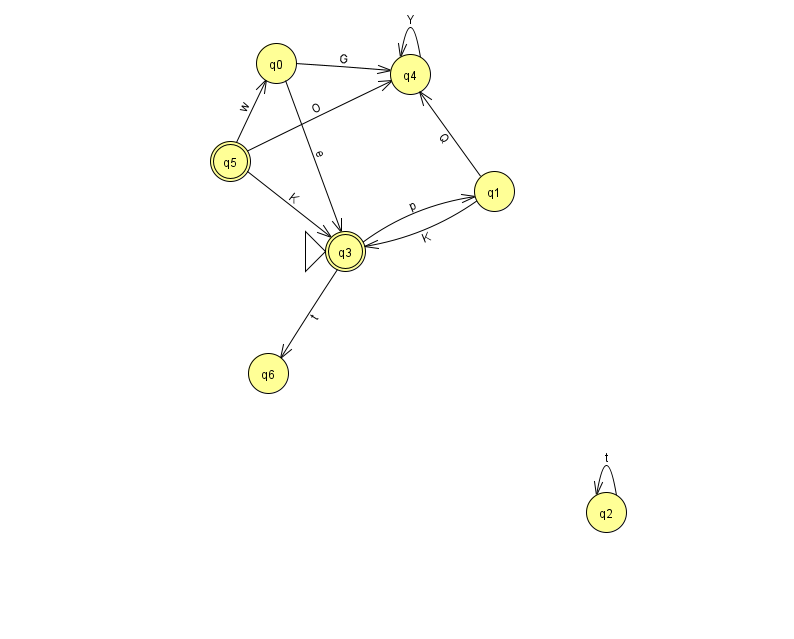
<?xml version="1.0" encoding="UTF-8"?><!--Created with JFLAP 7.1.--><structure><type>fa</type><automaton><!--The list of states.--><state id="0" name="q0"><x>276.0</x><y>50.0</y></state><state id="1" name="q1"><x>494.0</x><y>178.0</y></state><state id="2" name="q2"><x>606.0</x><y>499.0</y></state><state id="3" name="q3"><x>345.0</x><y>238.0</y><initial/><final/></state><state id="4" name="q4"><x>410.0</x><y>61.0</y></state><state id="5" name="q5"><x>230.0</x><y>148.0</y><final/></state><state id="6" name="q6"><x>268.0</x><y>360.0</y></state><!--The list of transitions.--><transition><from>3</from><to>1</to><read>p</read></transition><transition><from>2</from><to>2</to><read>t</read></transition><transition><from>5</from><to>0</to><read>w</read></transition><transition><from>0</from><to>4</to><read>G</read></transition><transition><from>5</from><to>3</to><read>K</read></transition><transition><from>4</from><to>4</to><read>Y</read></transition><transition><from>0</from><to>3</to><read>e</read></transition><transition><from>1</from><to>3</to><read>K</read></transition><transition><from>3</from><to>6</to><read>t</read></transition><transition><from>5</from><to>4</to><read>O</read></transition><transition><from>1</from><to>4</to><read>Q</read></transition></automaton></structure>